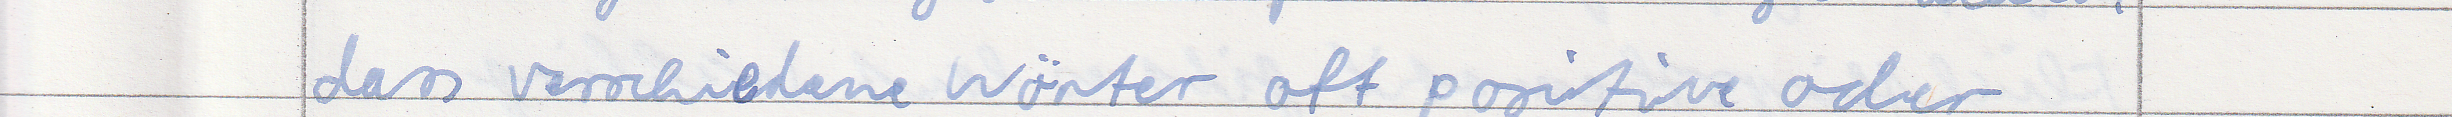
dass verschiedene Wörter oft positive oder